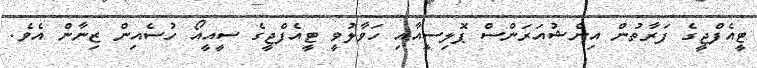
ޓީއެފްޖީގެ ފަރާތުން އިންޝުއަރަންސް ޕޮލިސީއާއި ހަވާލުވީ ޓީއެފްޖީގެ ސީއީއޯ ހުސެއިން ޒިނާން އެވެ.